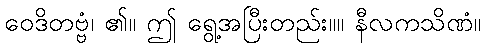
ဝေဒိတဗ္ဗံ၊ ၏။ ဤ ရွေ့အပြီးတည်း။။ နီလကသိဏံ။